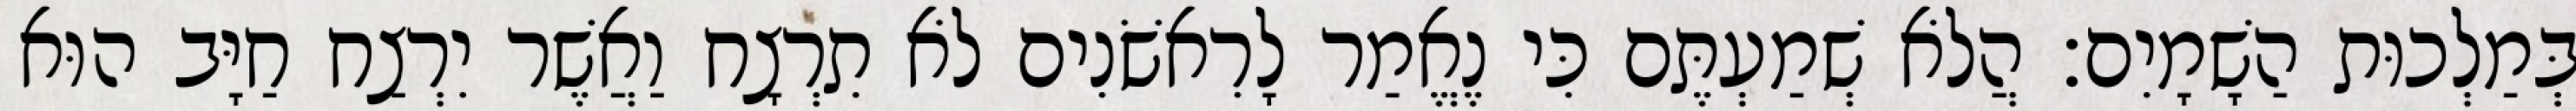
בְּמַלְכוּת הַשָׁמָיִם׃ הֲלֹא שְׁמַעְתֶּם כִּי נֶאֱמַר לָרִאשֹׁנִים לֹא תִרְצָח וַאֲשֶׁר יִרְצַח חַיָּב הוּא